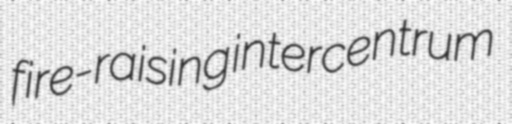
fire-raising intercentrum